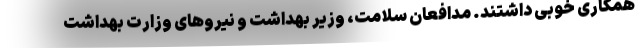
همکاری خوبی داشتند. مدافعان سلامت، وزیر بهداشت و نیروهای وزارت بهداشت